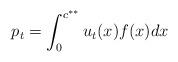
LaTeX: \begin{align*} p_t=\int_0^{c^{**}} u_t(x) f(x) dx\end{align*}